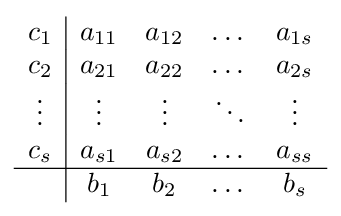
{\begin{array}{c|cccc}c_{1}&a_{11}&a_{12}&\dots &a_{1s}\\c_{2}&a_{21}&a_{22}&\dots &a_{2s}\\\vdots &\vdots &\vdots &\ddots &\vdots \\c_{s}&a_{s1}&a_{s2}&\dots &a_{ss}\\\hline &b_{1}&b_{2}&\dots &b_{s}\\\end{array}}